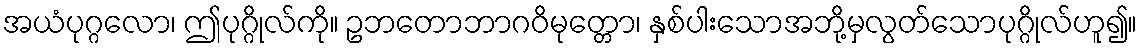
အယံပုဂ္ဂလော၊ ဤပုဂ္ဂိုလ်ကို။ ဥဘတောဘာဂဝိမုတ္တော၊ နှစ်ပါးသောအဘို့မှလွတ်သောပုဂ္ဂိုလ်ဟူ၍။